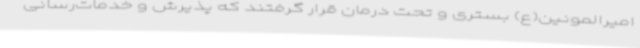
امیرالمونین(ع) بستری و تحت درمان قرار گرفتند که پذیرش و خدمات‌رسانی